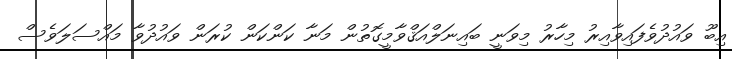
އިބޫ ވައުދުވެފައިވާއިރު މިހާރު މިވަނީ ބައިނަލްއަޤްވާމީގޮތުން މަނާ ކަންކަން ކުރަން ވައުދުވާ މައްސަލަވެސް